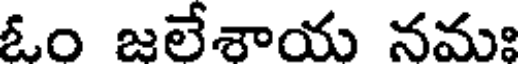
ఓం జలేశాయ నమః